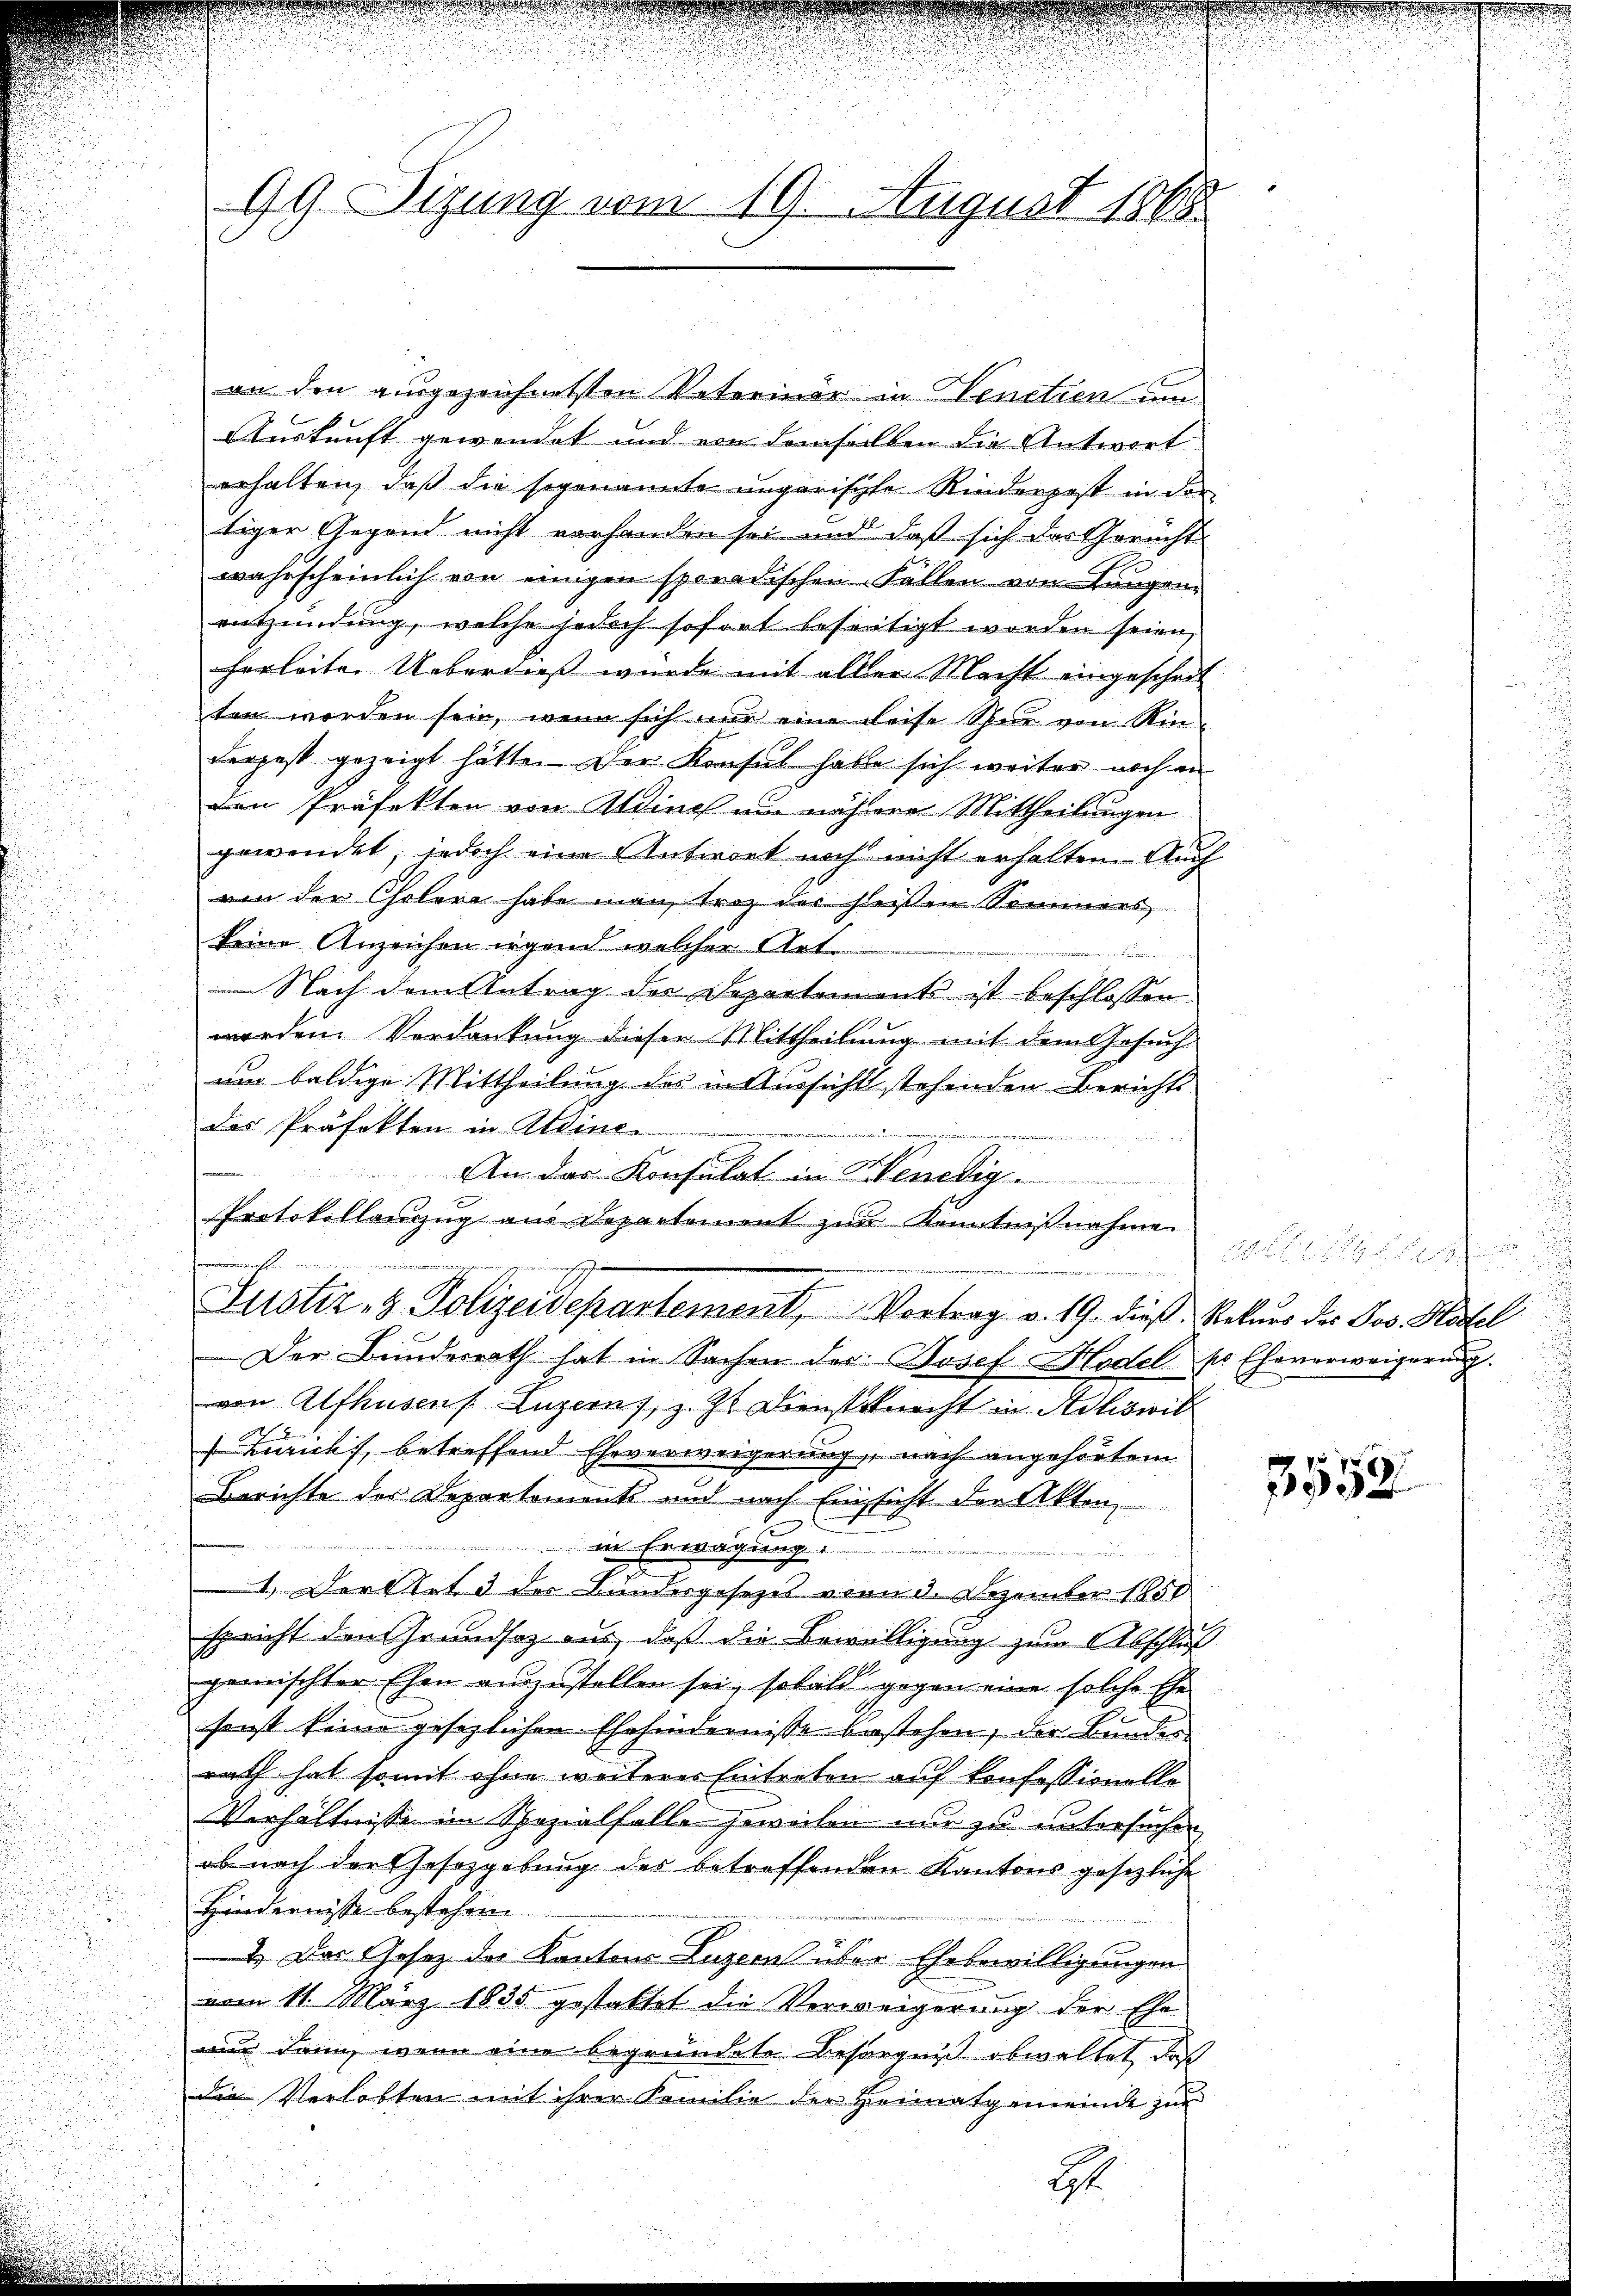
99. Sizung vom 19. August 1868

an den ausgezeichnetsten Veterinär in Venetien Can¬
Auskunft gewendet und von demselben die Antwort
erhalten, daß die sogenannte ungarische Kinderpost in der
tiger Gegend nicht vorhanden sei und daß sich das Gericht
wahrscheinlich von einigen sporadischen Fällen von Lungen
entzündung, welche jedoch sofort beseitigt worden seien,
herleite Ueberdies wurde mit aller Macht eingescheit
ten worden sein, wenn sich nur eine Reise Spur von Rin-
Ferpest gezeigt hätte. Der Konsul habe sich weiter noch an
Den Präfekten von Winch am nähere Mittheilungen
gewendet; jedoch eine Antwort noch nicht erhalten. Auch
von der Cholera habe man troz der heißen Sommers
keine Anzeichen irgend welcher Arte
inum non f
 Nach dem Antrag der Departements ist beschlossen
werden. Verdankung dieser Mittheilung mit dem Gesuch
um baldige Mittheilung des in Aussicht stehenden Berichts
Das Präfekten in Aldine
An der Konsulat in Benedig
Protokollenzug aus Departement zur Kenntnißnahme

n ver
Justiz- & Polizeidepartement, Vortrag v. 19. dieß, Rekurs der Jos. Hasel
Der Bunderrath hat in Sachen der Josef Hodel pr Eheverweigerung.
von Alfhusens Luzerns, z. Zt. Dienstknecht in Adliswil
Zurichs, betreffend Eheverweigerung, nach angehörtem
Berichte des Departement und nach Einsicht der Akten
in Erwägung:

1.) Der Art. 3 der Bundesgesetzes von 3. Dezember 1850
spricht den Grundsaz aus, daß die Bewilligung zum Abschluß
gemischter Ehen angestellen sei, sobald gegen eine solche Ehe
sonst keine gesezlichen Ehehindernisse bestehen, der Bundes
rath hat somit ohne weiterer Eintreten auf Konfessionelle
Verhältnisse im Spezialfalle jeweilen nur zu untersuchen
ob nach der Gesetzgebung des betreffenden Kantons gesezliche
Hindernisse bestehen.

4. Das Gesetz der Kantons Luzern über Ehebewilligungen
vom 11. März 1835 gestattet die Verweigerung der Ehe
nur dann, wenn eine begründete Besorgniß obwaltet, daß
die Verlobten mit ihrer Familie der Heimatgemeinde zur

G

d

3552